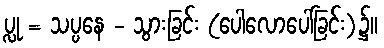
ပ္လု = သပ္ပနေ - သွားခြင်း (ပေါလောပေါ်ခြင်း)၌။